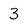
Character: 3